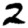
Digit: 2